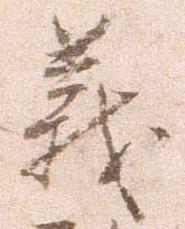
義